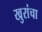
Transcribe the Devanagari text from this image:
खुरांचा